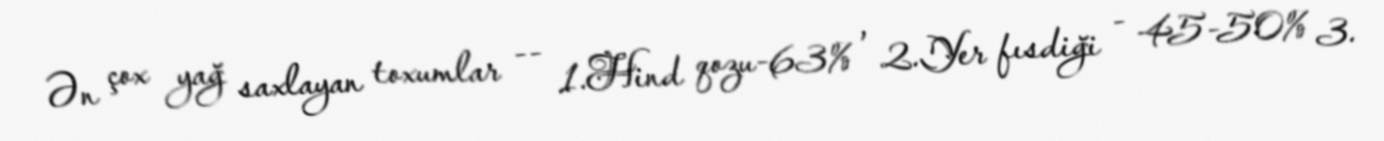
Ən çox yağ saxlayan toxumlar -- 1.Hind qozu-63% , 2.Yer fısdiği - 45-50% 3.